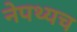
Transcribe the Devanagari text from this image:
नेपथ्यच